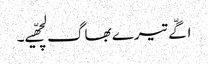
اگّے تیرے بھاگ لچھّیے۔